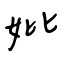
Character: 妣